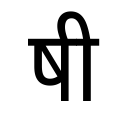
OCR:
षी